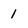
Character: 1